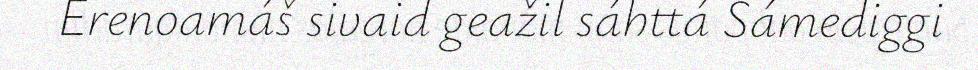
Erenoamáš sivaid geažil sáhttá Sámediggi